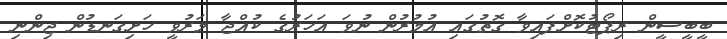
ބީބީސީން ރިޕޯޓުކޮށްފައިވާ ގޮތުގައި އުމުރުން ނުވަ އަހަރުގެ ކުއްޖާ މަރުވީ ހަށިގަނޑުން ޖިންނި